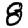
Digit: 8